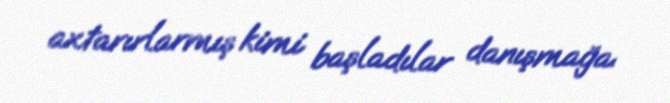
axtarırlarmış kimi başladılar danışmağa.